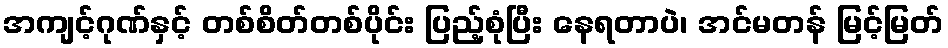
အကျင့်ဂုဏ်နှင့် တစ်စိတ်တစ်ပိုင်း ပြည့်စုံပြီး နေရတာပဲ၊ အင်မတန် မြင့်မြတ်